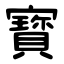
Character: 寳